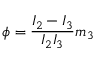
\phi = \frac { I _ { 2 } - I _ { 3 } } { I _ { 2 } I _ { 3 } } m _ { 3 }